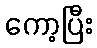
ကော့ပြီး